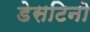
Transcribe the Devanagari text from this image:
डेसटिनो